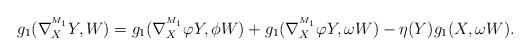
LaTeX: \begin{align*}g_{1}(\nabla^{^{M_1}}_{X}Y,W)&=g_{1}(\nabla^{^{M_1}}_{X}\varphi Y,\phi W)+g_{1}(\nabla^{^{M_1}}_{X}\varphi Y,\omega W)-\eta(Y)g_{1}(X,\omega W).\end{align*}